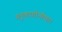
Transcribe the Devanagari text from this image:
ग्लूकागोनोमा।